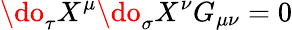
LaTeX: \do_{\tau}X^{\mu}\do_{\sigma}X^{\nu}G_{\mu\nu}=0